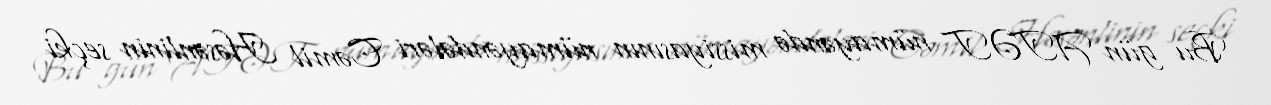
Bu gün ATƏT nümayəndə missiyasının nümayəndələri Cəmil Həsənlinin seçki